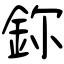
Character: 鉨